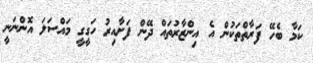
ކަމާ ބެހޭ ފަރާތްތަކުން އެ އިންޒާރުތައް ދޭން ފަށާއިރު ހަގީގީ މައްސަލަ އޮންނަނީ